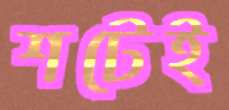
শটেই